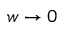
w \rightarrow 0